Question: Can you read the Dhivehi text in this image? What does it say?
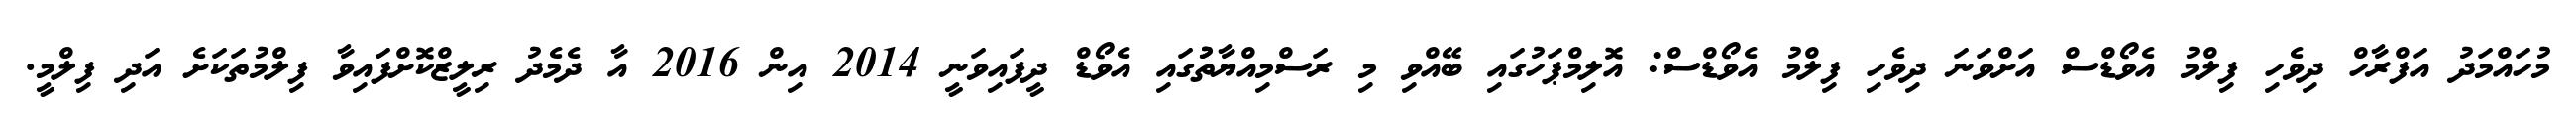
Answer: މުހައްމަދު އަފްރާހް ދިވެހި ފިލްމު އެވޯޑްސް އަށްވަނަ ދިވެހި ފިލްމު އެވޯޑްސް: އޮލިމްޕަހުގައި ބޭއްވި މި ރަސްމިއްޔާތުުގައި އެވޯޑް ދީފައިވަނީ 2014 އިން 2016 އާ ދެމެދު ރިލީޒްކޮށްފައިވާ ފިލްމުތަކަށެ އަދި ފިލްމީ.